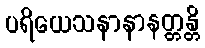
ပရိယေသနာနာနတ္တန္တိ